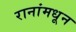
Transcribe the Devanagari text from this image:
रानांमधून